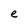
Character: e